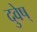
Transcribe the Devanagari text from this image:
दुवेष्